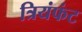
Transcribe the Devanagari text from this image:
त्रियंफंट